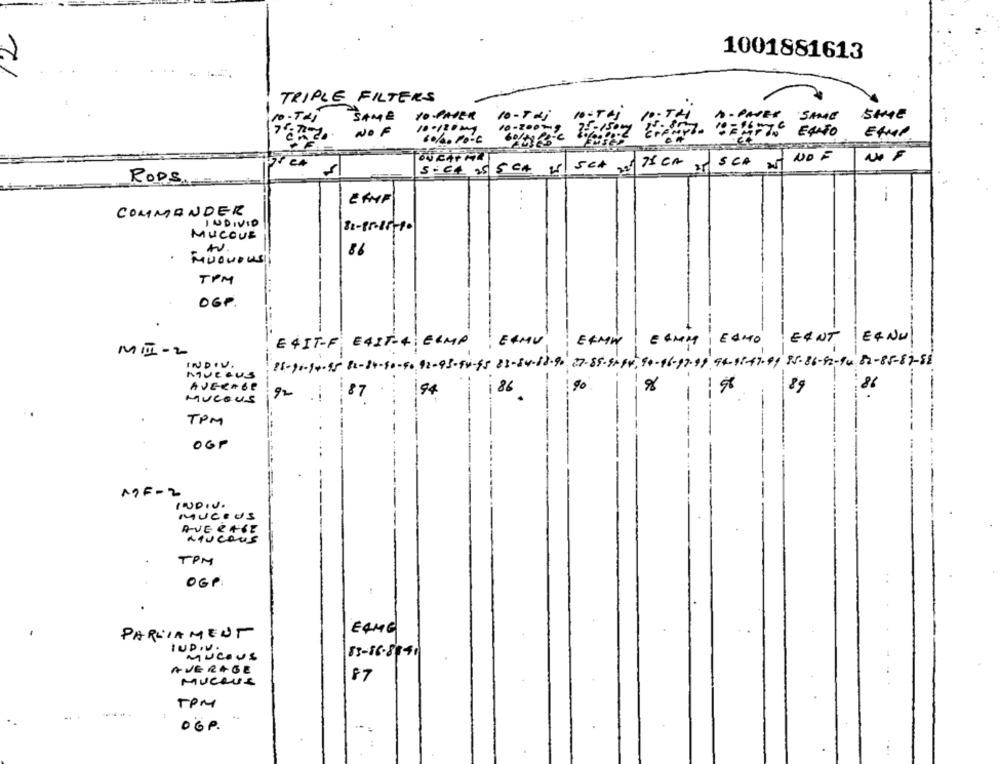
2
1001881613
TRIPLE FILTERS
A.PAGER
SAME
10.PATER
10-Tej
SAME
10-120m
10-200-
NO F
EAMP
60/40 PO-6
OU CAP MI
NO F
5- 64 25 5 Cm
75 Cm
SCA MIT
RODS.
ERMF
COMMANDER
INDIVID
MUCOUS
, Av
86
MUOVOUS!
TPM
OGP.
E4IT-F E4IT-4: ERMP ERMU
ERMN
EAMM ECHO
EANT ERNU
MII- 2
INDIV.
15-90-94-95 82-84-80-5092-93-94-95 23-84-88-90 27-85-9084,90-96-97-99 94-95-47-99 35-86-92-94 82-85-87-82
nurAUS
86
90
89
86
92
94
-
MUCous
TPM
OGP
MDF-2
INDIV.
MUCOUS
AVERAGE
Luca
TPM
OGP
PARLIAMENT
E4MG
IND.V.
MUCOUS
AVERAGE
87
MUCRUS
TPM
OGP.